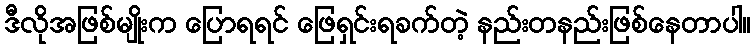
ဒီလိုအဖြစ်မျိုးက ပြောရရင် ဖြေရှင်းရခက်တဲ့ နည်းတနည်းဖြစ်နေတာပါ။